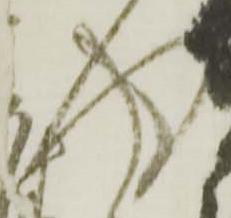
得